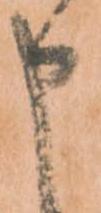
申